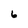
Character: 6